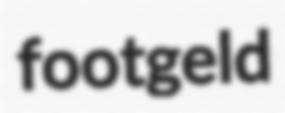
footgeld